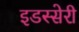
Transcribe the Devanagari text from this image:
इडस्सेरी